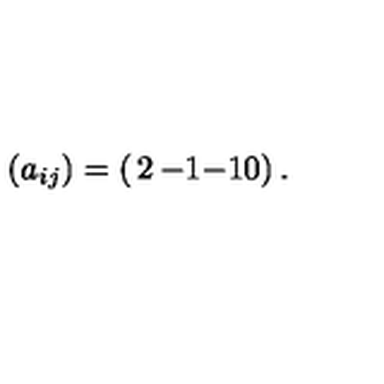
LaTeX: ( a _ { i j } ) = \left( \begin{matrix} { 2 } & { - 1 } \\ { - 1 } & { 0 } \\ \end{matrix} \right) .